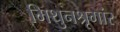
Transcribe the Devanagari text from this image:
मिथुनश्रृगांर